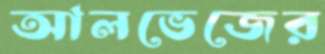
আলভেজের